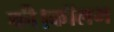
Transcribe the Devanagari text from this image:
की।कॉलम